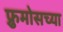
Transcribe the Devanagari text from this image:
फ्रुमोसच्या